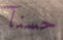
حسنآ